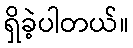
ရှိခဲ့ပါတယ်။